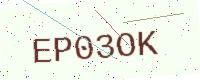
Text: EP03OK